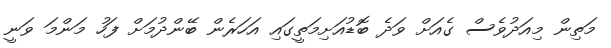
މަތިން މިއަދުވެސް ގެއަށް ވަދެ ބޮޑުއަށިމަތީގައި އަހަރެން ބޭންދުމަށް ފަހު މަންމަ ވަނީ